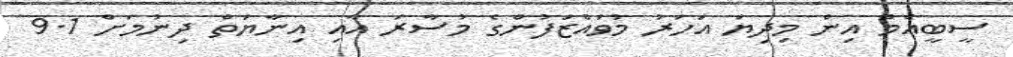
ސީބީއެމް އިން މިދިޔަ އަހަރު މުވައްޒަފުންގެ މުސާރަ އާއި އިނާޔަތް ދިނުމަށް 9.1